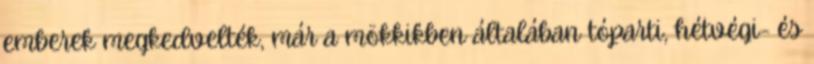
emberek megkedvelték, már a mökkikben általában tóparti, hétvégi- és